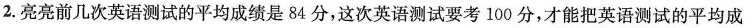
2.亮亮前几次英语测试的平均成绩是84分，这次英语测试要考100分，才能把英语测试的平均成